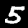
Label: 5